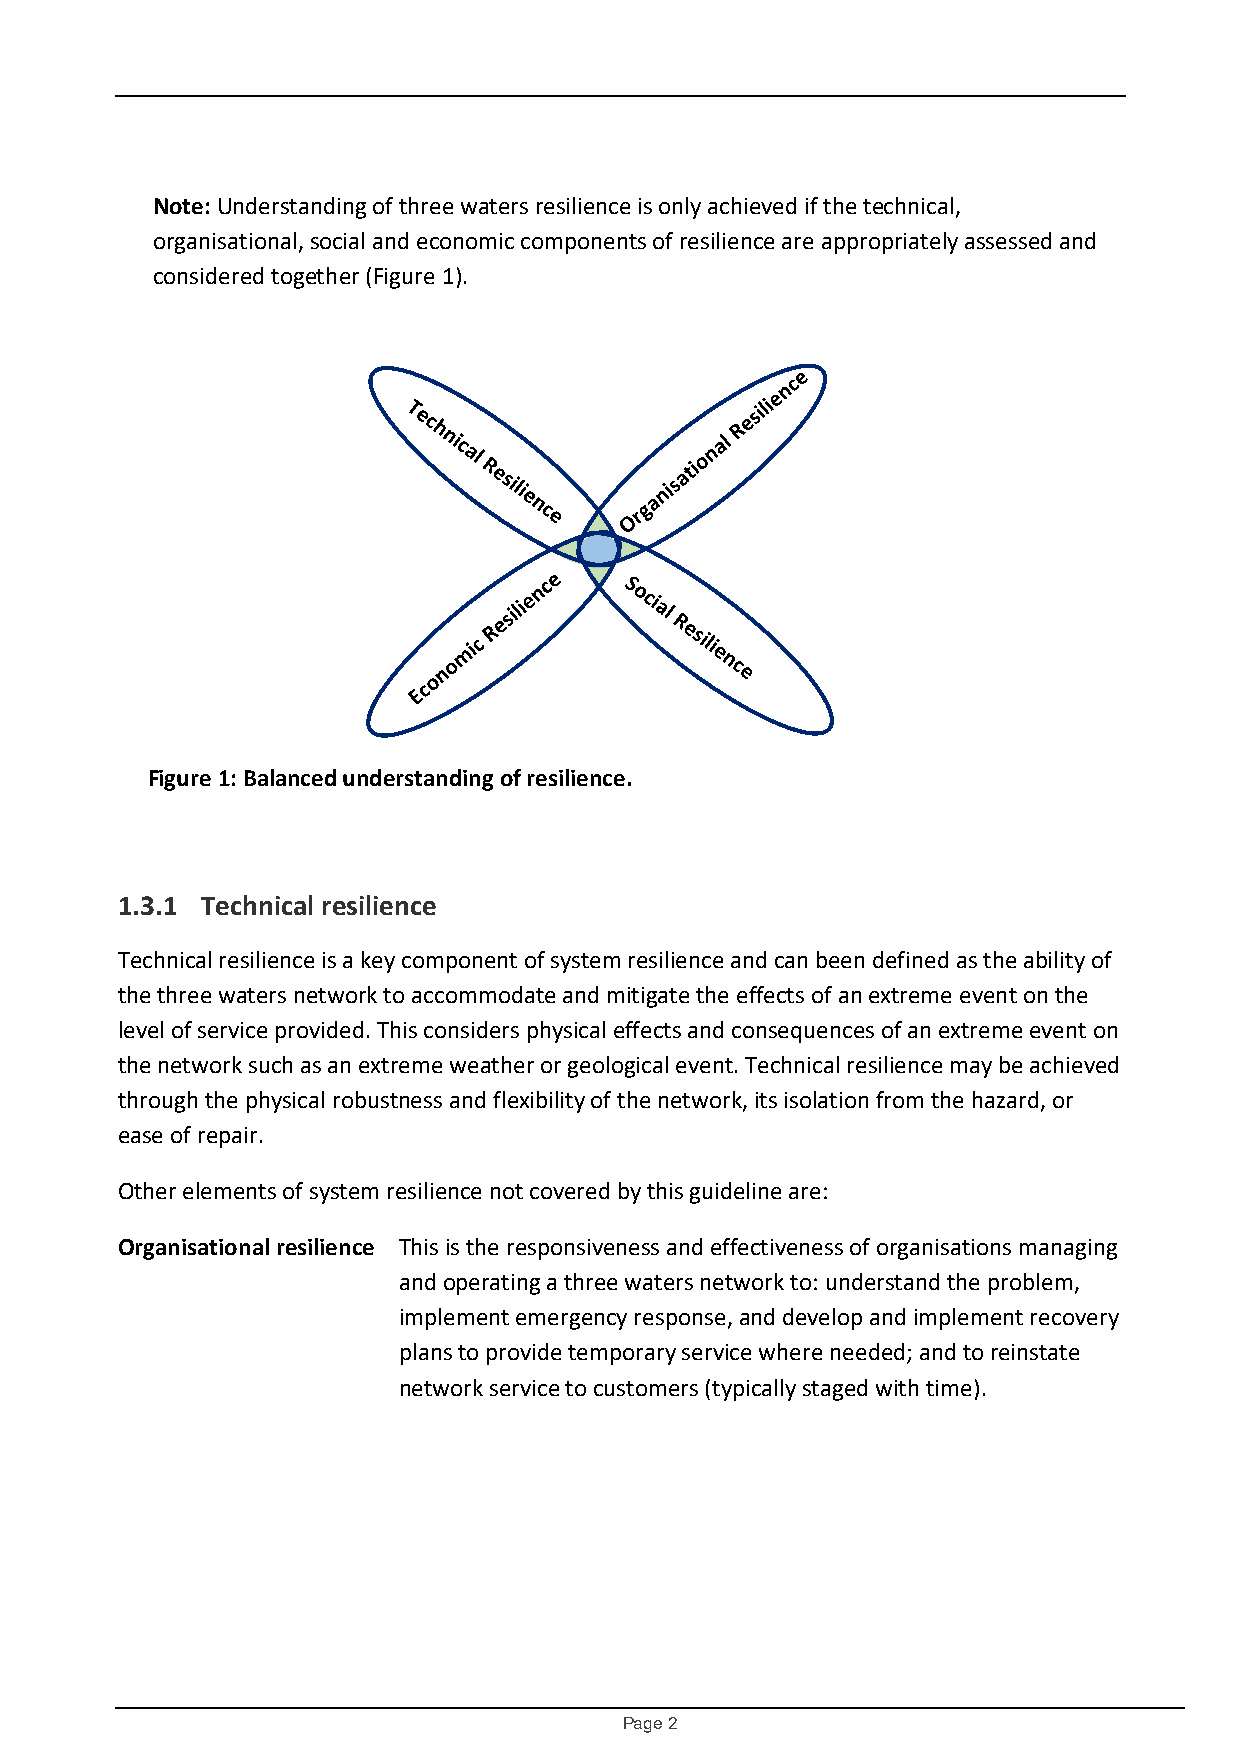
Note: Understanding of three waters resilience is only achieved if the technical,
 organisational, social and economic components of resilience are appropriately assessed and
 considered together (Figure 1).
 Figure 1: Balanced understanding of resilience.
 1.3.1 Technical resilience
 Technical resilience is a key component of system resilience and can been defined as the ability of
 the three waters network to accommodate and mitigate the effects of an extreme event on the
 level of service provided. This considers physical effects and consequences of an extreme event on
 the network such as an extreme weather or geological event. Technical resilience may be achieved
 through the physical robustness and flexibility of the network, its isolation from the hazard, or
 ease of repair.
 Other elements of system resilience not covered by this guideline are:
 Organisational resilience This is the responsiveness and effectiveness of organisations managing
 and operating a three waters network to: understand the problem,
 implement emergency response, and develop and implement recovery
 plans to provide temporary service where needed; and to reinstate
 network service to customers (typically staged with time).
 Page 2